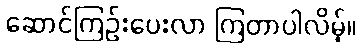
ဆောင်ကြဉ်းပေးလာ ကြတာပါလိမ့်။